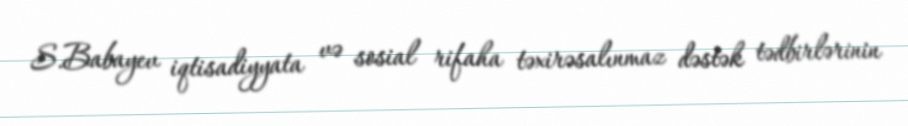
S.Babayev iqtisadiyyata və sosial rifaha təxirəsalınmaz dəstək tədbirlərinin